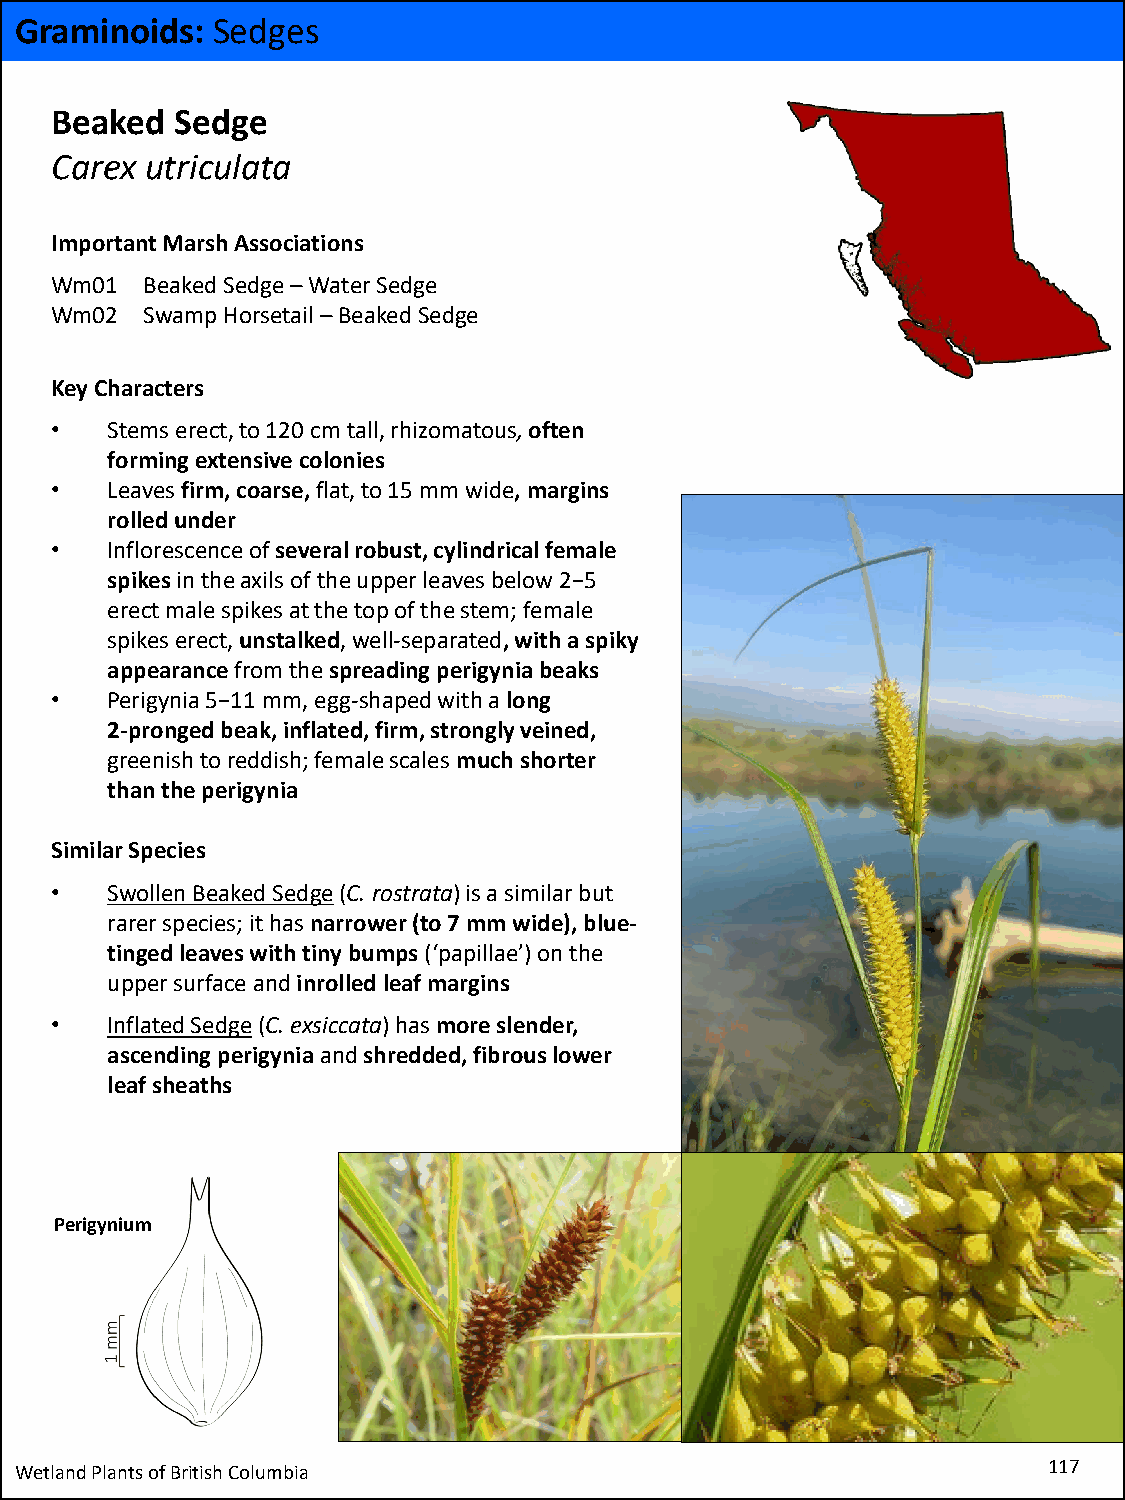
Graminoids:  Sedges
 Beaked   Sedge
 Carex  utriculata
 Important Marsh Associations
 Wm01  Beaked Sedge –Water Sedge
 Wm02  Swamp Horsetail –Beaked Sedge
 Key Characters
 •   Stems erect, to 120 cm tall, rhizomatous,often
 forming extensive colonies
 •   Leaves firm, coarse, flat, to 15 mm wide, margins
 rolled under
 •   Inflorescence of several robust, cylindrical female
 spikesin the axils of the upper leaves below 2−5
 erect male spikes at the top of the stem; female
 spikes erect, unstalked, well-separated, with a spiky
 appearancefrom the spreading perigynia beaks
 •   Perigynia 5−11 mm, egg-shaped with a long
 2-pronged beak, inflated, firm, strongly veined,
 greenish to reddish; female scales much shorter
 than the perigynia
 Similar Species
 •   Swollen Beaked Sedge(C. rostrata) is a similar but
 rarer species; it has narrower (to 7 mm wide), blue-
 tinged leaves with tiny bumps (‘papillae’) on the
 upper surface and inrolledleaf margins
 •   Inflated Sedge(C. exsiccata) has more slender,
 ascending perigyniaand shredded, fibrous lower
 leaf sheaths
 Perigynium
 Wetland Plants of British Columbia                                  117